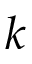
k